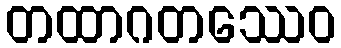
တထာဂတဿေဝ